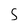
Character: 5